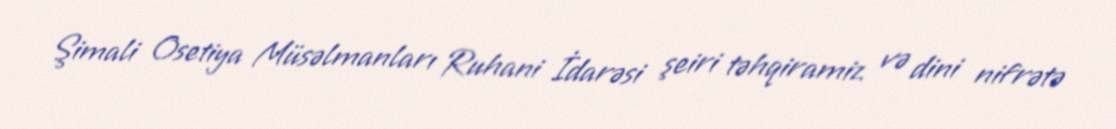
Şimali Osetiya Müsəlmanları Ruhani İdarəsi şeiri təhqiramiz və dini nifrətə